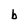
Character: b